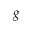
g